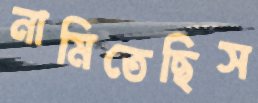
নামিতেছিস